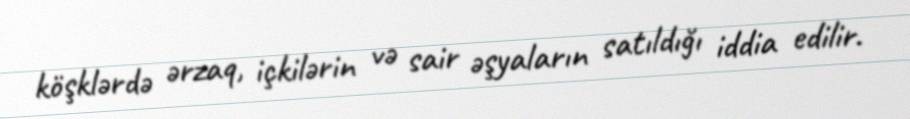
köşklərdə ərzaq, içkilərin və sair əşyaların satıldığı iddia edilir.